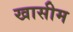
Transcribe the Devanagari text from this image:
खासीम